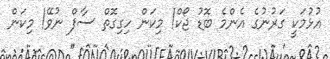
އުޅުމަކީ ގަރުނުގެ އެންމެ ބޮޑު ޖޯކް! މިކަން ހިގިގޮތް ސާފް ނުވޭ! މިކަން